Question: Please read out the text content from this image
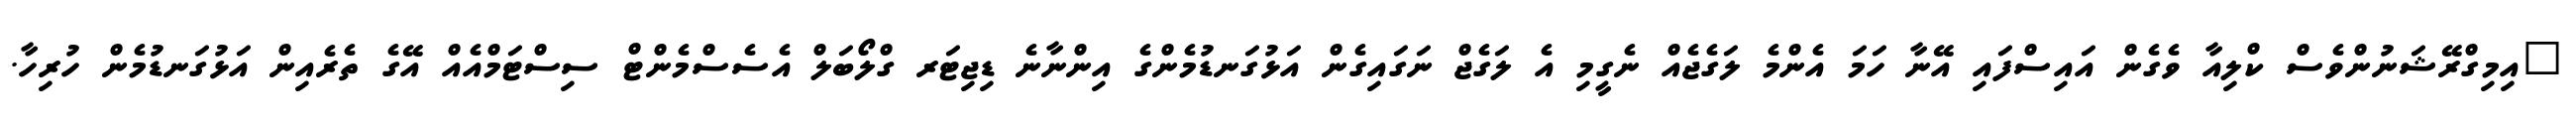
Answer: "އިމިގްރޭޝަނުންވެސް ކްލިއާ ވެގެން އައިސްފައި އޭނާ ހަމަ އެންމެ ލަގެޖެއް ނެގީމި އެ ލަގެޖް ނަގައިގެން އަޅުގަނޑުމެންގެ އިންނާނެ ޑިޖިޓަރ ގްލޯބަލް އެސެސްމެންޓް ސިސްޓަމްއެއް އޭގެ ތެރެއިން އަޅުގަނޑުމެން ހުރިހާ.